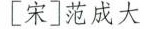
[宋]范成大